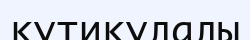
кутикулалы